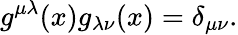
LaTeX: g^{\mu\lambda}(x)g_{\lambda\nu}(x)=\delta_{\mu\nu}.